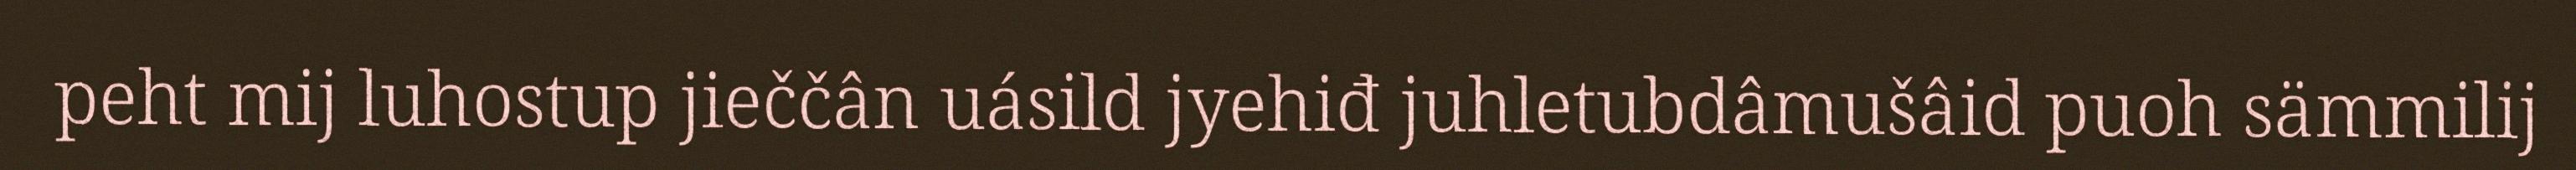
peht mij luhostup jieččân uásild jyehiđ juhletubdâmušâid puoh sämmilij